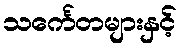
သင်္ကေတများနှင့်